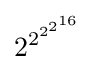
2^{2^{2^{2^{16}}}}